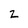
Character: Z